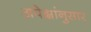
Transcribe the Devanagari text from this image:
अपेक्षांनुसार